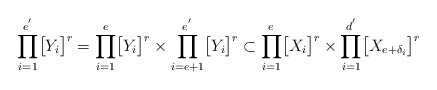
\begin{align*}\displaystyle{\prod_{i=1}^{e^{'}}}\big{[}Y_i\big{]}^{r}=\displaystyle{\prod_{i=1}^{e}}\big{[}Y_i\big{]}^{r}\times\displaystyle{\prod_{i=e+1}^{e^{'}}}\big{[}Y_i\big{]}^{r}\subset\displaystyle{\prod_{i=1}^{e}}\big{[}X_i\big{]}^{r}\times\displaystyle{\prod_{i=1}^{d^{'}}}\big{[}X_{e+\delta_{i}}\big{]}^{r}\end{align*}